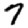
Digit: 7